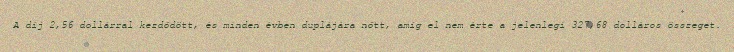
A díj 2,56 dollárral kezdődött, és minden évben duplájára nőtt, amíg el nem érte a jelenlegi 327,68 dolláros összeget.